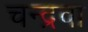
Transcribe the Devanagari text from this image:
चन्द्रवा